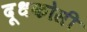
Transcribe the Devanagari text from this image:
दूधकोसी